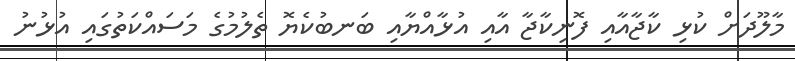
މާލޫދަށް ކުޅި ކާޖާއާއި ފޮނިކާޖާ އާއި އުޅާއްޔާއި ބަނބުކެޔޮ ތެލުމުގެ މަސައްކަތުގައި އުޅުނު